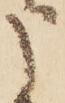
う